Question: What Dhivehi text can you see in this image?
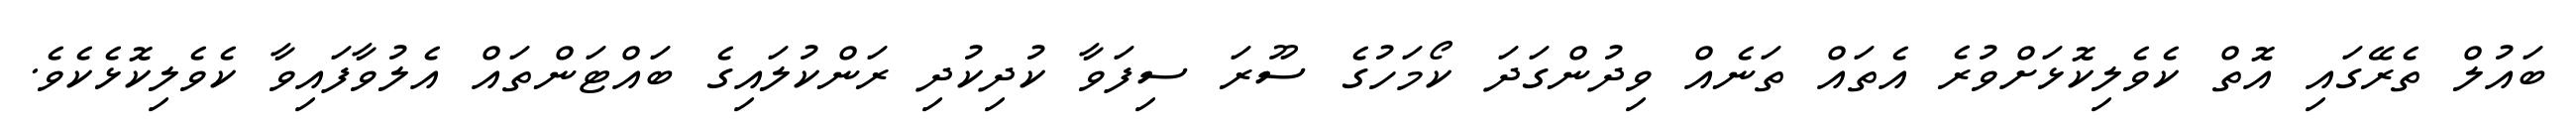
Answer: ބައުލް ތެރޭގައި އޮތް ކެވެލިކޮޅަށްވުރެ އެތައް ތަނެއް ވިދުންގަދަ ކޯމަހުގެ ސޫރަ ސިފަވާ ކުދިކުދި ރަންކުލައިގެ ބައްޓަންތައް އެލުވާފައިވާ ކެވެލިކޮޅެކެވެ.